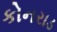
કોનરાડ